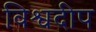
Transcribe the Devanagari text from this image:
विश्वदीप